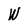
Character: w